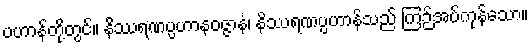
ပဟာန်တို့တွင်။ နိဿရဏပ္ပဟာနဝဇ္ဇာနံ၊ နိဿရဏပ္ပဟာန်သည် ကြဉ်အပ်ကုန်သော။